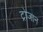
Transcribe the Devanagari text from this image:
ट्रोजान